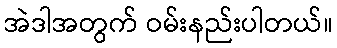
အဲဒါအတွက် ဝမ်းနည်းပါတယ်။